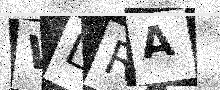
Text: WLRA